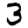
Digit: 3